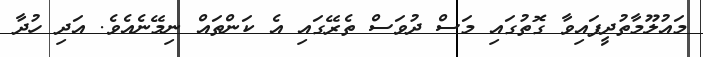
މައުލޫމާތުދީފައިވާ ގޮތުގައި މަސް ދުވަސް ތެރޭގައި އެ ކަންތައް ނިމޭނެއެވެ. އަދި ހުދާ